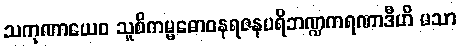
သကုဏာယေဝ သူစိကမ္မဓောဝနရဇနပရိဘဏ္ဍကရဏာဒီဟိ မသာ